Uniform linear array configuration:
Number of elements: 4
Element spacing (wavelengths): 0.5
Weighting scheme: hamming
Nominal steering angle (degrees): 0
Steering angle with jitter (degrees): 1.086
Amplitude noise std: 0.05
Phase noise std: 0.05

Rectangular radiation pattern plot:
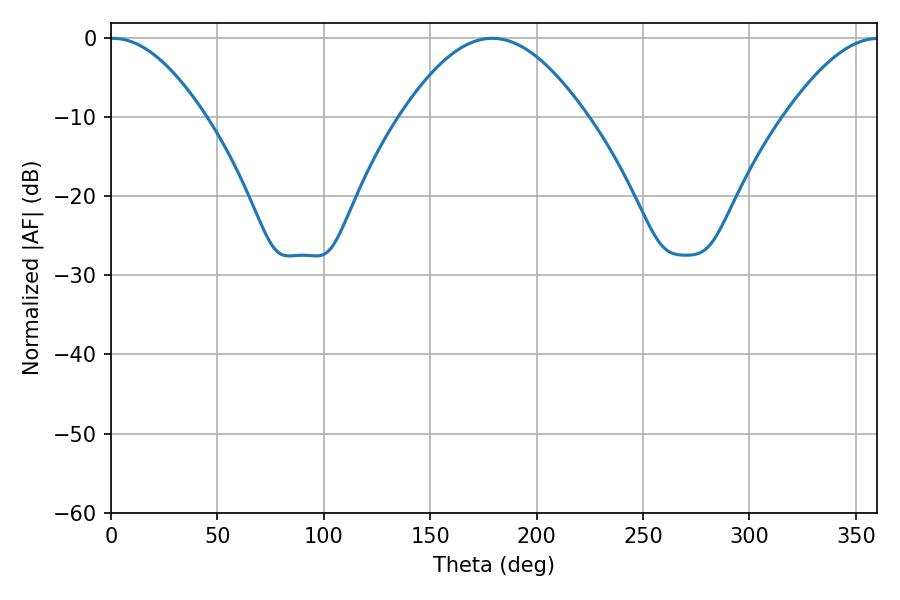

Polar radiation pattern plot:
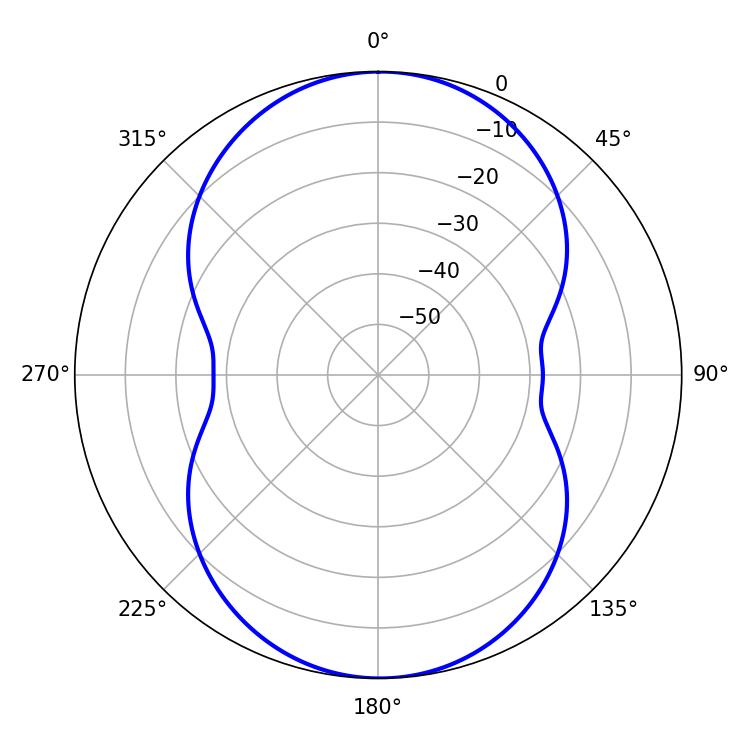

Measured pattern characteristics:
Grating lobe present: FALSE
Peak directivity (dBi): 21.93
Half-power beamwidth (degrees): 24.3
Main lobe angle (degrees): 0.9